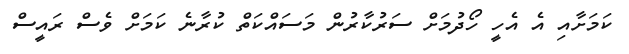
ކަމަށާއި އެ އެހީ ހޯދުމަށް ސަރުކާރުން މަސައްކަތް ކުރާނެ ކަމަށް ވެސް ރައީސް